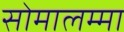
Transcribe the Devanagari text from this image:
सोमालम्मा